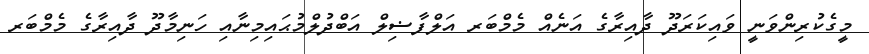
މީގެކުރިންވަނީ ވައިކަރަދޫ ދާއިރާގެ އަނެއް މެމްބަރ އަލްފާޟިލް އަބްދުލްމުޙައިމިނާއި ހަނިމާދޫ ދާއިރާގެ މެމްބަރ